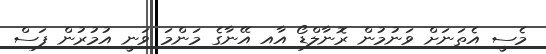
މެސީ އެތަނަށް ވަނުމުން ރޮނާލްޑޯ އާއި އޭނާގެ މަންމަ ވަނީ އުމުރުން ފަސް